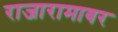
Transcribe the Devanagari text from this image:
राजारामावर